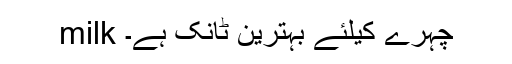
milk چہرے کیلئے بہترین ٹانک ہے۔